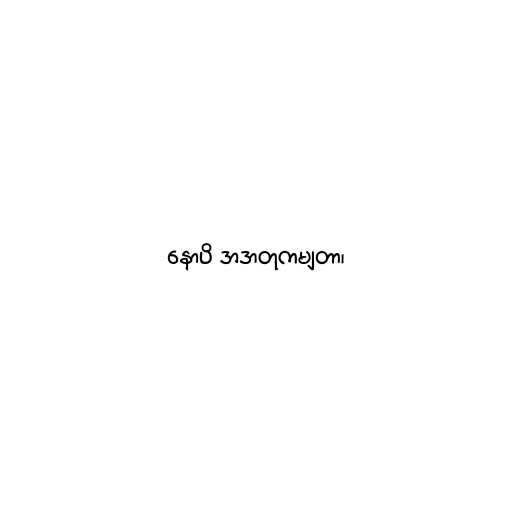
နောပိ အဒာတုကမျတာ၊